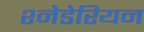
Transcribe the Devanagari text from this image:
श्नेडेरियन